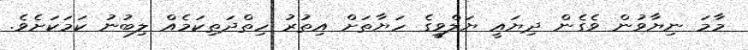
މާމަ ނިޔާވުން ވެގެން ދިޔައީ ޔަލްވީގެ ހަޔާތަށް އިތުރު ހިތްދަތިކަމެއް ލިބުނު ކަމަކަށެވެ.